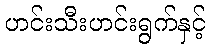
ဟင်းသီးဟင်းရွက်နှင့်